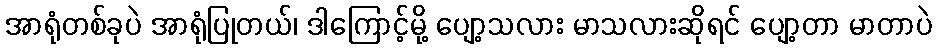
အာရုံတစ်ခုပဲ အာရုံပြုတယ်၊ ဒါကြောင့်မို့ ပျော့သလား မာသလားဆိုရင် ပျော့တာ မာတာပဲ